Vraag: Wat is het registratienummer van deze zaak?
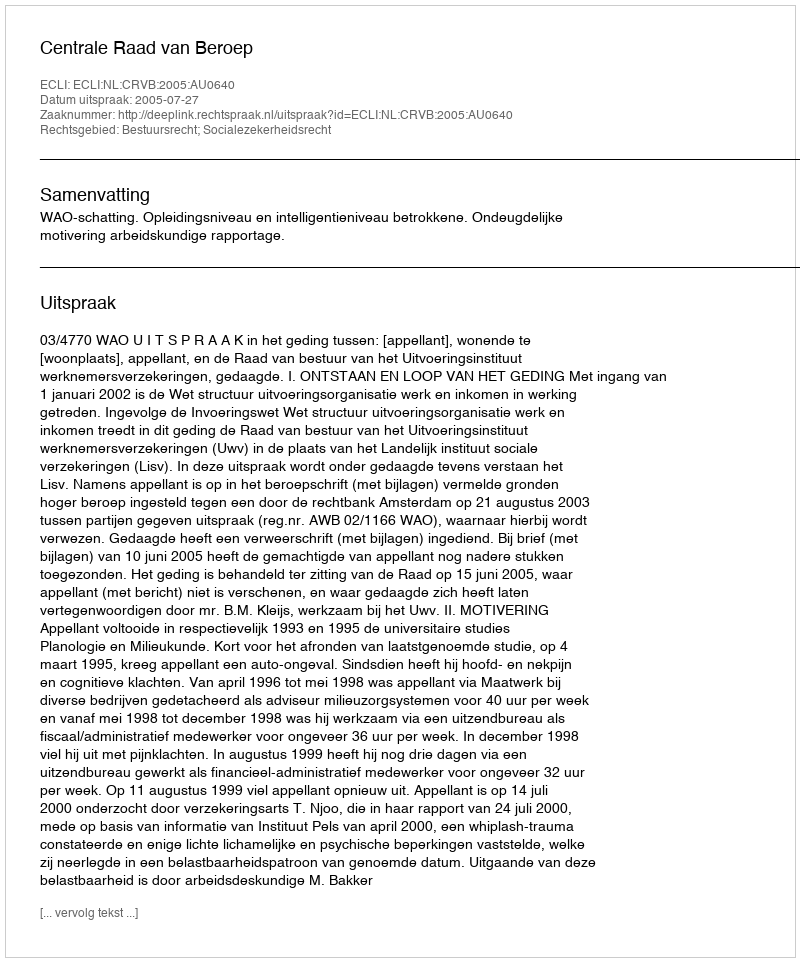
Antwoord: http://deeplink.rechtspraak.nl/uitspraak?id=ECLI:NL:CRVB:2005:AU0640